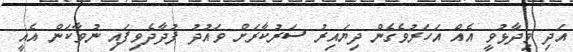
އަދި ވިދާޅުވީ އެއް އަހަރުވެގެން ދިޔައިރު ސަރުކާރަށް ވައުދު ފުދާދެވިފައި ނުވާކަން އެއީ